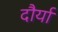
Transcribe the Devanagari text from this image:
दौर्या